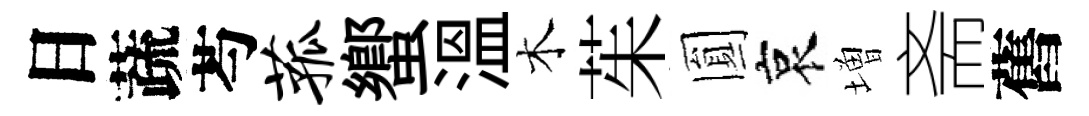
日蔬芍菰蠁溫木茱圎哀増斋舊